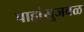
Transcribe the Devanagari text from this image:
पाहांसूजवळ